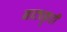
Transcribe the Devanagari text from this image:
नाट्यकॄती